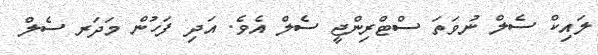
ލައިކް ސެލް ނުވަތަ ސްޓްރިންޖީ ސެލް އެވެ. އަދި ފަހުން މަދަރ ސެލް